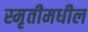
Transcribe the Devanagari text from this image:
स्मृतीमधील